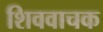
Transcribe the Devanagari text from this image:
शिववाचक